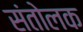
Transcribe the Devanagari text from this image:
संतोलक